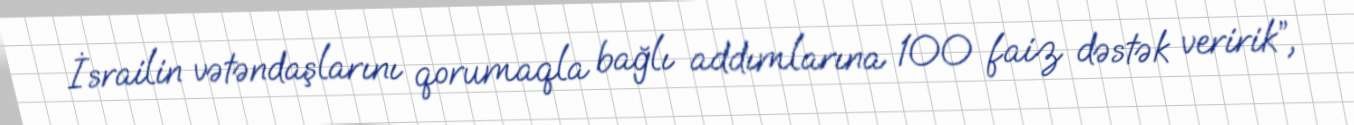
İsrailin vətəndaşlarını qorumaqla bağlı addımlarına 100 faiz dəstək veririk”,